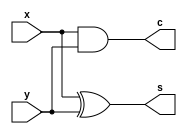
`timescale 1ns / 1ps
//////////////////////////////////////////////////////////////////////////////////
// Company: 
// Engineer: 
// 
// Design Name: 
// Module Name: half_adder
// Project Name: 
// Target Devices: 
// Tool Versions: 
// Description: 
// 
// Dependencies: 
// 
// Revision:
// Revision 0.01 - File Created
// Additional Comments:
// 
//////////////////////////////////////////////////////////////////////////////////


module half_adder(
    input x, y,
    output c, s
    );
    
    assign s = x ^ y;
    
    assign c = x & y;
endmodule